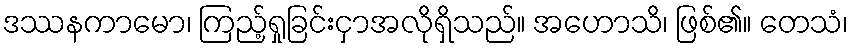
ဒဿနကာမော၊ ကြည့်ရှုခြင်းငှာအလိုရှိသည်။ အဟောသိ၊ ဖြစ်၏။ တေသံ၊